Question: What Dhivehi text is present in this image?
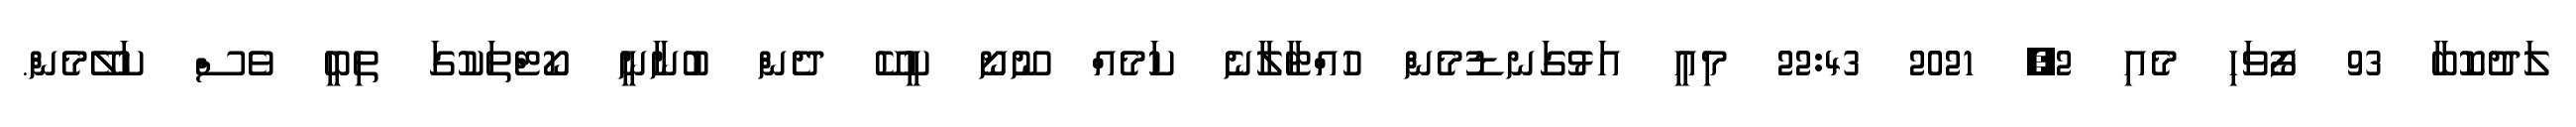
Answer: ލަދުކޮބާ 93 ފޯވަހި މެއި 2, 2021 22:43 މިއީ އަޅުގަނޑުމެން ހުއްޓާލާނެ ކަމެއް ނޫނޯ ކީކޭ ދެން ބުނާނީ ކޯޓްތަކުގަ ތިބީ ވެސް ކަލޭމެން.